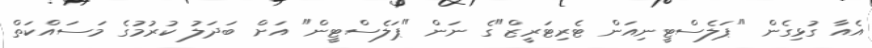
އެއާ ގުޅިގެން "ޕަލެސްޓީނިއަން ޓެރިޓަރީޒް"ގެ ނަން "ޕަލެސްޓީން" އަށް ބަދަލު ކުރުމުގެ މަސައްކަތް